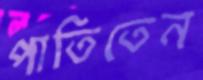
পাতিতেন